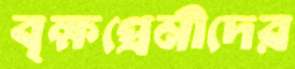
বৃক্ষপ্রেমীদের